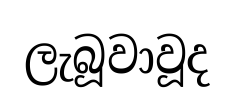
ලැබූවාවූද